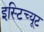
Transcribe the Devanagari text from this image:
इस्‍टिच्‍यूट